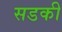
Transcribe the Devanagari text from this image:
सडकी